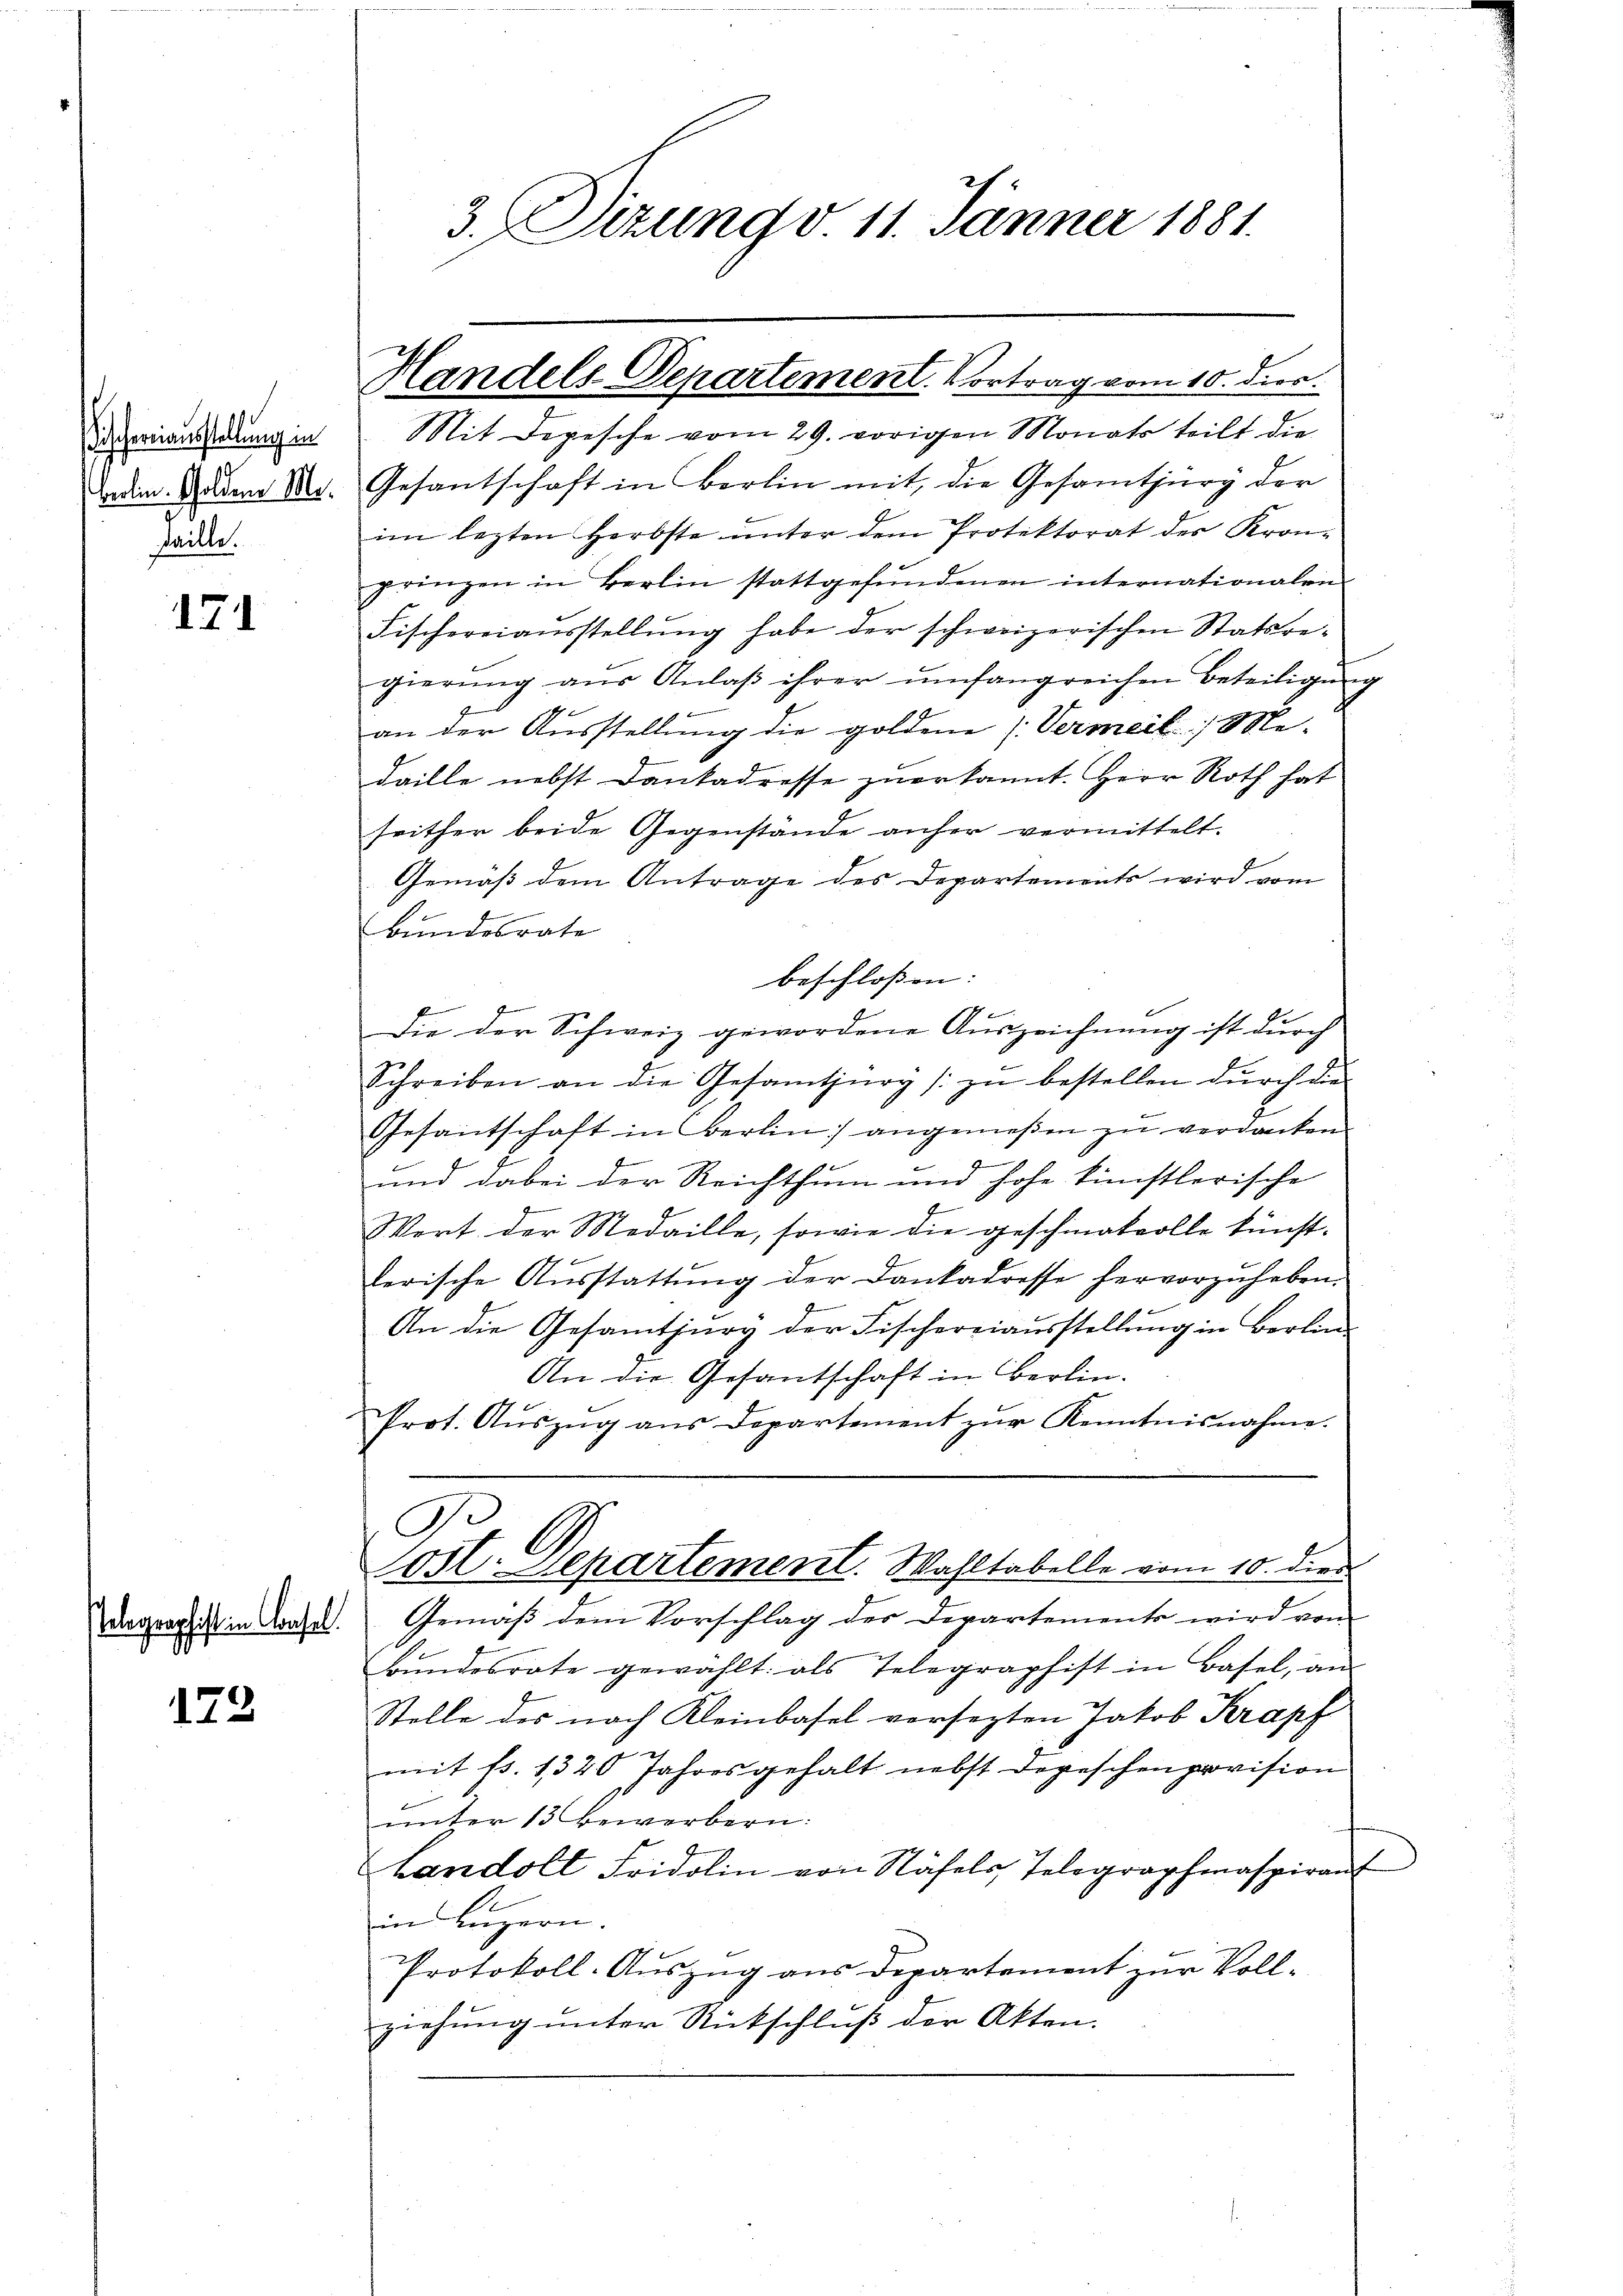
ischerei ausstellung in
verlin. Soldene Mo¬
Faille.

e

171

h

172

schift in Cafel.

3. Dizung 11. Jänner 1881.

Handels-Departement. Vortrag vom 10. Dier.

Mit Depesche vom 29. vorigen Monats teilt die
Gesantschaft in Berlin mit, die Gesamtzung der
im lezten Herbste ŭnter dem Protektorat der Kron-
prinzen in Berlin stattgefŭndenen internationalen
Fischereiausstellung habe der schweizerischen Statsre-
gierŭng aŭs Anlaβ ihrer umfangreichen Beteiligŭng
an der Ausstellung die goldene Vermeil) Me-
daille nebst Dankadresse zuerkannt. Herr Roth hat
seither beide Gegenstände anher vermittelt.
Gemäß dem Antrage des Departements wird vom
Bŭndesrate
beschlossen: |
f
Die der Schweiz gewordene Auszeichnung ist durch
Schreiben an die Gesamtzurg zŭ bestellen dŭrch die
Gesantschaft in Berlin angemeßen zu verdanken
G
und dabei der Reichthum und hohe künstlerische
Wert der Medaille, sowie die geschmatvolle künst-
kerische Aŭsstattŭng der Dankadresse hervorzuheben.
An die Gesamtpurg der Fischereiausstellung in Berlin
An die Gesantschaft in Berlin.
Prot. Aŭszŭg ans Departement zŭr Kenntnisnahme.
9.
oit. Departement. Wahltabelle vom 10. dien
Gemäß dem Vorschlag des Departements wird von
Bŭndesrate gewählt: als Telegraphist in Basel, an
Stelle des nach Kleinbasel versezten Jakob Krapf
mit fr. 1320 Jahresgehalt nebst Depeschenprovision
unter 13 Bewerbern:
Landolt Fridolin von Näfels, Telegraphmaspirant
in Luzern.
Protokoll-Auszug aus Departement zur Vollziehung unter Rückschluß der Akten.